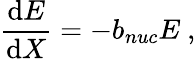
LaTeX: \frac{\mathrm{d}E}{\mathrm{d}X}=-b_{nuc}E~,